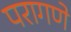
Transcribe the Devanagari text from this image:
परागणे